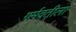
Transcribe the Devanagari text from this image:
गर्मवतीला